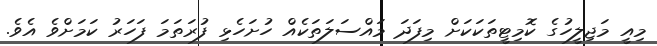
މިއީ މަޖިލީހުގެ ކޮމިޓީތަކަކަށް މިފަދަ މައްސަލަތަކެއް ހުށަހެޅި ފުރަތަމަ ފަހަރު ކަމަށްވެ އެވެ.